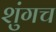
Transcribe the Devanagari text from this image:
शुंगच